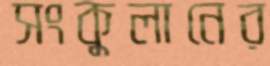
সংকুলানের